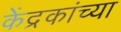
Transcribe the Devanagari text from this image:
केंद्रकांच्या